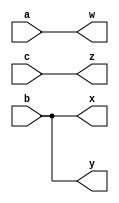
module top_module (
	input a,
	input b,
	input c,
	output w,
	output x,
	output y,
	output z  );
	
	assign w = a;
	assign x = b;
	assign y = b;
	assign z = c;

	// If we're certain about the width of each signal, using 
	// the concatenation operator is equivalent and shorter:
	// assign {w,x,y,z} = {a,b,b,c};
	
endmodule